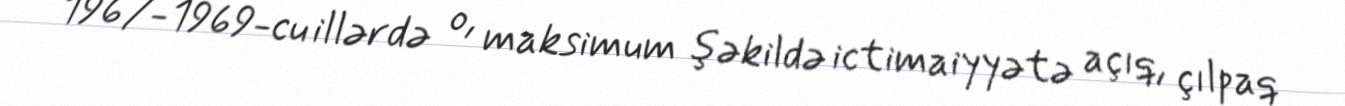
1967-1969-cu illərdə o, maksimum şəkildə ictimaiyyətə açıq, çılpaq